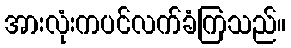
အားလုံးကပင်လက်ခံကြသည်။